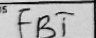
Transcription: FBT